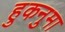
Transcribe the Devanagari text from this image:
हुकनुमा